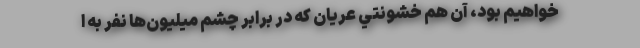
خواهيم بود، آن هم خشونتي عريان كه در برابر چشم ميليون‌ها نفر به ا